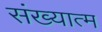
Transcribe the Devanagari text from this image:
संख्यात्म